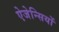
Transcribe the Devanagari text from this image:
ऐजेन्सियों